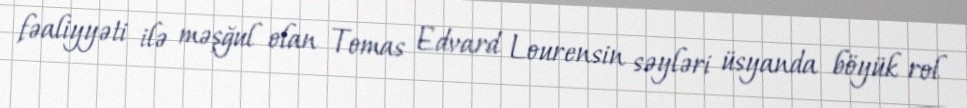
fəaliyyəti ilə məşğul olan Tomas Edvard Lourensin səyləri üsyanda böyük rol